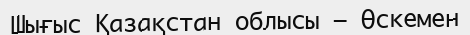
Шығыс Қазақстан облысы — Өскемен